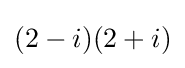
(2-i)(2+i)